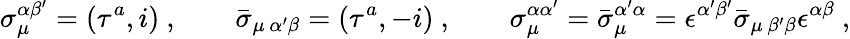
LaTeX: \sigma_{\mu}^{\alpha\beta^{\prime}}=(\tau^{a},i)\ ,\qquad\bar{\sigma}_{\mu\, \alpha^{\prime}\beta}=(\tau^{a},-i)\ ,\qquad\sigma_{\mu}^{\alpha\alpha^{\prime}}=\bar{\sigma}_{\mu}^{\alpha^{\prime}\alpha}=\epsilon^{\alpha^{\prime}\beta^{\prime}}\bar{\sigma}_{\mu\, \beta^{\prime}\beta}\epsilon^{\alpha\beta}\ ,